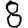
Digit: 8